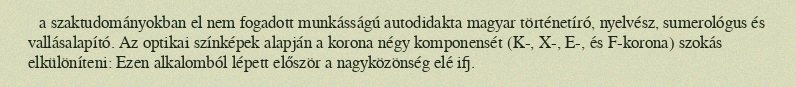
a szaktudományokban el nem fogadott munkásságú autodidakta magyar történetíró, nyelvész, sumerológus és vallásalapító. Az optikai színképek alapján a korona négy komponensét (K-, X-, E-, és F-korona) szokás elkülöníteni: Ezen alkalomból lépett először a nagyközönség elé ifj.